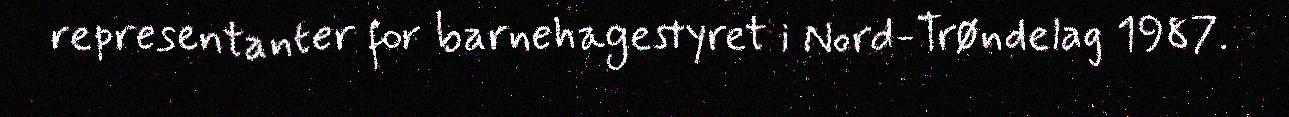
representanter for barnehagestyret i Nord-Trøndelag 1987.